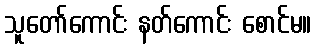
သူတော်ကောင်း နတ်ကောင်း စောင်မ။